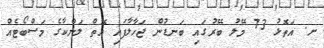
ށ. އަތޮޅު 73 މޭލު ބޭރުގައި ބަނޑުން ޖަހާލާފައި އޮތް ލަންކާގެ މަސްބޯޓެއް